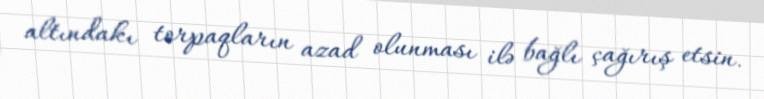
altındakı torpaqların azad olunması ilə bağlı çağırış etsin.